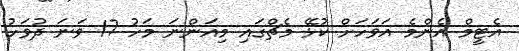
އެޓީމް އެންމެ އަވަހަށް ކުޅޭ މެޗްގައި މިއަންނަ މަހު 17 ވަނަ ދުވަހު